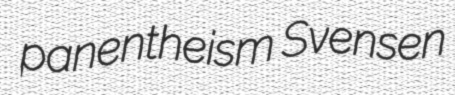
panentheism Svensen